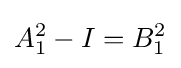
\displaystyle {A_{1}^{2}-I=B_{1}^{2}}